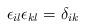
LaTeX: \begin{align*}\epsilon_{il}\epsilon_{kl}=\delta_{ik}\end{align*}